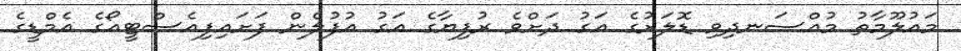
މައުލޫމާތު މުއްސަނދިވި ޑޮލަރުގެ އަގު ދަށްވެ ރުފިޔާގެ އަގު އުފުލެން ފަށައިފިއެސްޓީއޯގެ އެމްޑީގެ